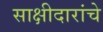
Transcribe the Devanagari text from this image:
साक्षीदारांचे